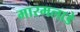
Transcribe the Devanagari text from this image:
मारमलाडे